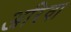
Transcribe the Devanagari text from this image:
अरिवा